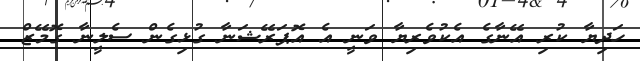
ހަދިޔާ ކުރި އޭނާގެ އެކުވެރިޔާ ވަނީ އެ އޮޕަރޭޝަނާ ގުޅިގެން ސެލީނާ ގޮމޭޒް